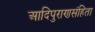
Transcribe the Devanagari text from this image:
आदिपुराणसंहिता